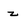
Character: z